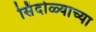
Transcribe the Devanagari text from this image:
सिंदोळ्याच्या